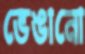
ভেঙানো